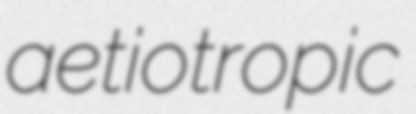
aetiotropic